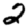
Digit: 2